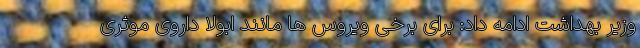
وزیر بهداشت ادامه داد: برای برخی ویروس ها مانند ابولا داروی موثری